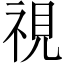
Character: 視